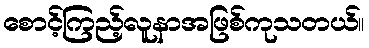
စောင့်ကြည့်လူနာအဖြစ်ကုသတယ်။